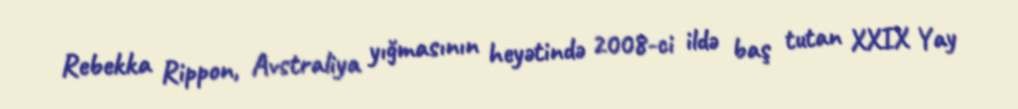
Rebekka Rippon, Avstraliya yığmasının heyətində 2008-ci ildə baş tutan XXIX Yay